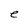
Character: e